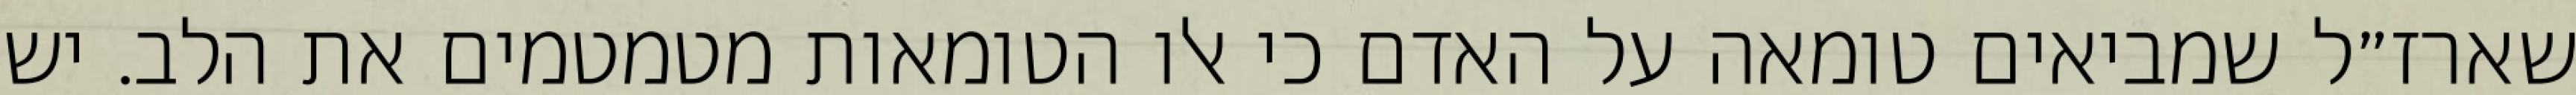
שארז״ל שמביאים טומאה על האדם כי אלו הטומאות מטמטמים את הלב. יש